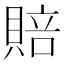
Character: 賠